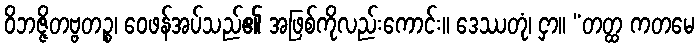
ဝိဘဇ္ဇိတဗ္ဗတဉ္စ၊ ဝေဖန်အပ်သည်၏ အဖြစ်ကိုလည်းကောင်း။ ဒေဿတုံ၊ ငှာ။ “တတ္ထ ကတမေ